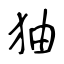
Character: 㹨